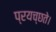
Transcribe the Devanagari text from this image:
प्रयच्छते।